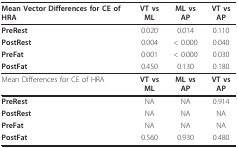
<table><thead><tr><td><b>Mean Vector Differences for CE of HRA</b></td><td><b>VT vs ML</b></td><td><b>ML vs AP</b></td><td><b>VT vs AP</b></td></tr></thead><tbody><tr><td><b>PreRest</b></td><td>0.020</td><td>0.014</td><td>0.110</td></tr><tr><td><b>PostRest</b></td><td>0.004</td><td>&lt; 0.000</td><td>0.040</td></tr><tr><td><b>PreFat</b></td><td>0.001</td><td>&lt; 0.000</td><td>0.030</td></tr><tr><td><b>PostFat</b></td><td>0.450</td><td>0.130</td><td>0.180</td></tr><tr><td>Mean Differences for CE of HRA</td><td><b>VT vs ML</b></td><td><b>ML vs AP</b></td><td><b>VT vs AP</b></td></tr><tr><td><b>PreRest</b></td><td>NA</td><td>NA</td><td>0.914</td></tr><tr><td><b>PostRest</b></td><td>NA</td><td>NA</td><td>NA</td></tr><tr><td><b>PreFat</b></td><td>NA</td><td>NA</td><td>NA</td></tr><tr><td><b>PostFat</b></td><td>0.560</td><td>0.930</td><td>0.480</td></tr></tbody></table>